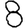
Digit: 8